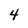
Character: 4